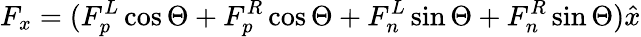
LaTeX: F_{x}=(F_{p}^{L}\cos\Theta+F_{p}^{R}\cos\Theta+F_{n}^{L}\sin\Theta+F_{n}^{R}\sin\Theta)\hat{x}